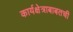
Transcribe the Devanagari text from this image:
कार्यक्षेत्राबाबतची